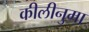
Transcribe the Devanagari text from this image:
कीलीनुमा